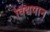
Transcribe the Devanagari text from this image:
विद्यपान